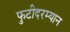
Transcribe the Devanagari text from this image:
फुटीदरम्यान